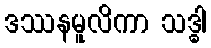
ဒဿနမူလိကာ သဒ္ဓါ